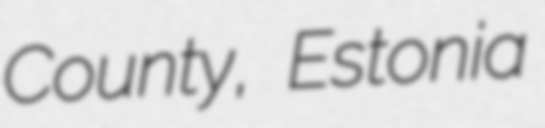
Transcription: County, Estonia